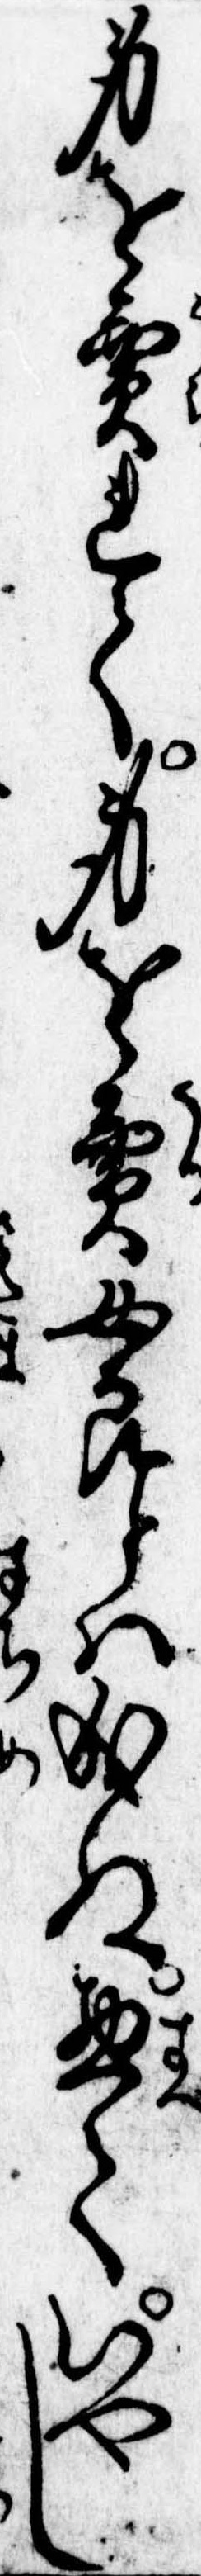
身を売れて身を売女郎とは成ぬ惣ていやし